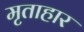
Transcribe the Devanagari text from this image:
मृताहार